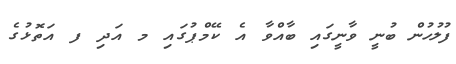
ފުލުހުން ބުނީ ވާނީގައި ބާއްވާ އެ ކޭމްޕުގައި މ އަދި ފ އަތޮޅުގެ